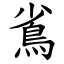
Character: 䲵